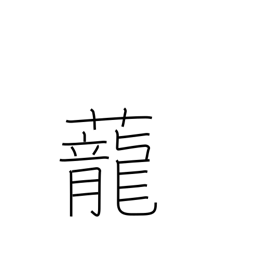
Meaning: dragon grass